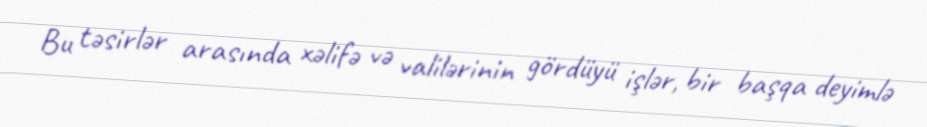
Bu təsirlər arasında xəlifə və valilərinin gördüyü işlər, bir başqa deyimlə